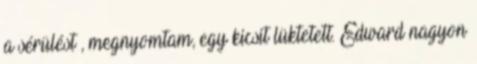
a sérülést , megnyomtam, egy kicsit lüktetett. Edward nagyon